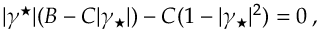
| \gamma ^ { \star } | ( B - C | \gamma _ { \star } | ) - C ( 1 - | \gamma _ { \star } | ^ { 2 } ) = 0 \: ,